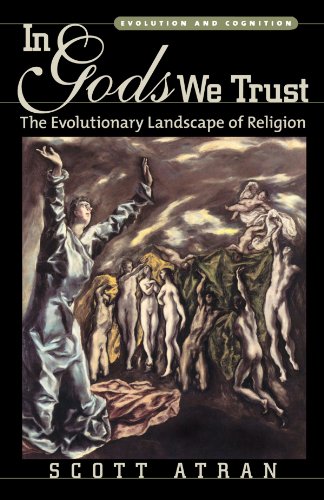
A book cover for In Gods We Trust: The Evolutionary Landscape of Religion (Evolution and Cognition); Scott Atran; Religion & Spirituality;